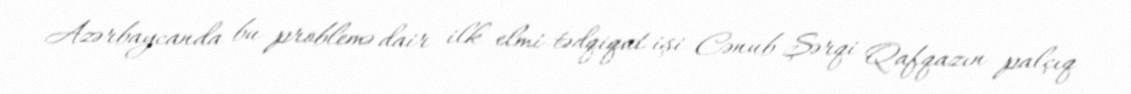
Azərbaycanda bu problemə dair ilk elmi-tədqiqat işi Cənub-Şərqi Qafqazın palçıq